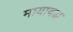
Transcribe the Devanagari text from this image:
मायाबद्ध